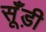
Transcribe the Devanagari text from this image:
सूँड़ी